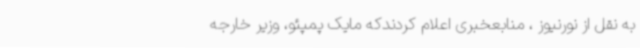
به نقل از نورنیوز ، منابعخبری اعلام کردندکه مایک پمپئو، وزیر خارجه